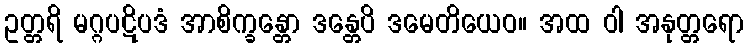
ဥတ္တရိ မဂ္ဂပဋိပဒံ အာစိက္ခန္တော ဒန္တေပိ ဒမေတိယေဝ။ အထ ဝါ အနုတ္တရော